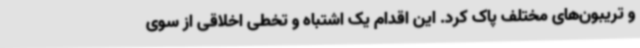
و تریبون‌های مختلف پاک کرد. این اقدام یک اشتباه و تخطی اخلاقی از سوی